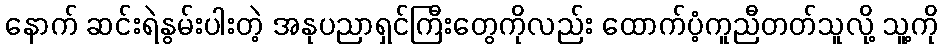
နောက် ဆင်းရဲနွမ်းပါးတဲ့ အနုပညာရှင်ကြီးတွေကိုလည်း ထောက်ပံ့ကူညီတတ်သူလို့ သူ့ကို